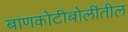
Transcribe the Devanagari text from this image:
बाणकोटीबोलींतील